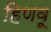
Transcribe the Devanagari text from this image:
हिणवू